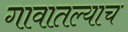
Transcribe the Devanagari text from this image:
गावातल्याच